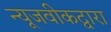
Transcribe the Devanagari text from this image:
न्यूजवीकद्वारा